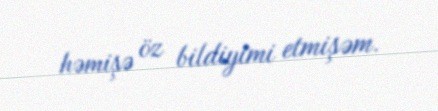
həmişə öz bildiyimi etmişəm.